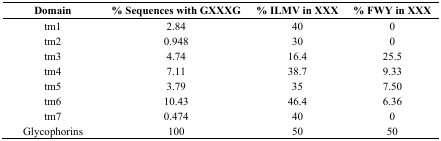
| Domain | % Sequences with GXXXG | % ILMV in XXX | % FWY in XXX |
 | --- | --- | --- | --- |
 | tm1 | 2.84 | 40 | 0 |
 | tm2 | 0.948 | 30 | 0 |
 | tm3 | 4.74 | 16.4 | 25.5 |
 | tm4 | 7.11 | 38.7 | 9.33 |
 | tm5 | 3.79 | 35 | 7.50 |
 | tm6 | 10.43 | 46.4 | 6.36 |
 | tm7 | 0.474 | 40 | 0 |
 | Glycophorins | 100 | 50 | 50 |